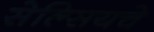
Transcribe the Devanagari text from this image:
सेल्सियचे